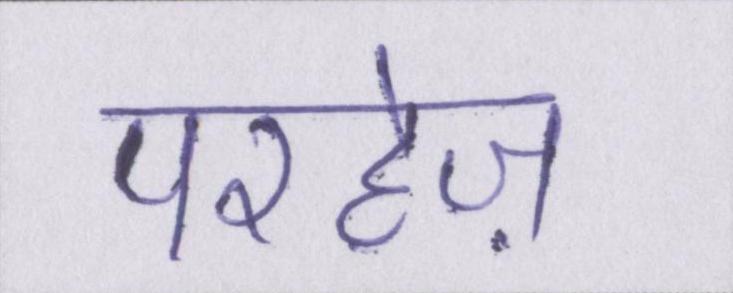
परहेज़